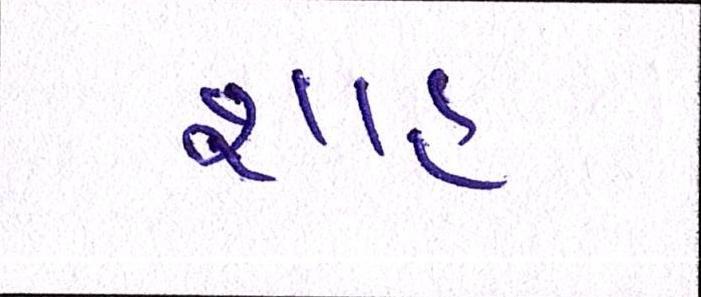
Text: શાહઃ